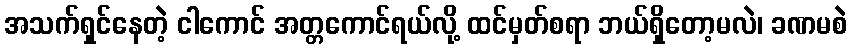
အသက်ရှင်နေတဲ့ ငါကောင် အတ္တကောင်ရယ်လို့ ထင်မှတ်စရာ ဘယ်ရှိတော့မလဲ၊ ခဏမစဲ